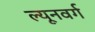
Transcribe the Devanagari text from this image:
ल्यूनवर्ग